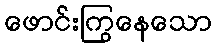
ဖောင်းကြွနေသော